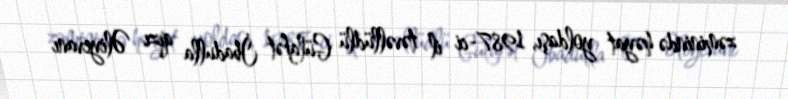
zəminində həyat yoldaşı, 1987-ci il təvəllüdlü Gülafət İbadulla qızı Əliyevanı